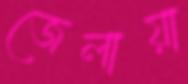
জেলায়া